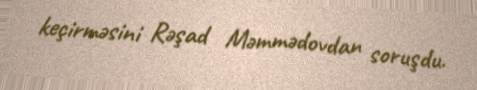
keçirməsini Rəşad Məmmədovdan soruşdu.